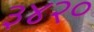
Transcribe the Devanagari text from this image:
३४२०